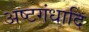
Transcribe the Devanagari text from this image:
अष्टगंधादि